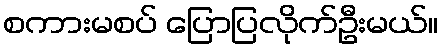
စကားမစပ် ပြောပြလိုက်ဦးမယ်။